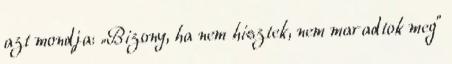
azt mondja: „Bizony, ha nem hisztek, nem maradtok meg”